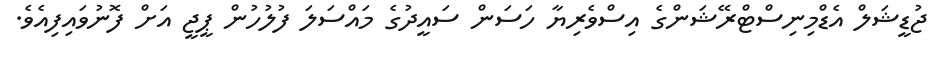
ޖުޑީޝަލް އެޑްމިނިސްޓްރޭޝަންގެ އިސްވެރިޔާ ހަސަން ސައީދުގެ މައްސަލަ ފުލުހުން ޕީޖީ އަށް ފޮނުވައިފިއެވެ.